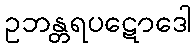
ဥဘန္တရပဋောဒေါ